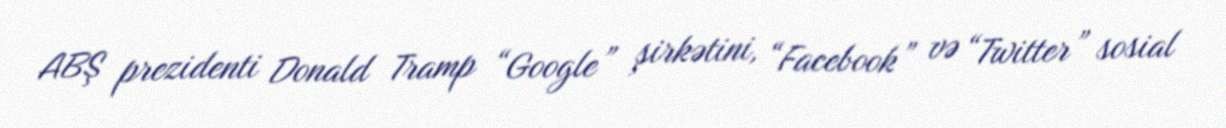
ABŞ prezidenti Donald Tramp “Google” şirkətini, “Facebook” və “Twitter” sosial